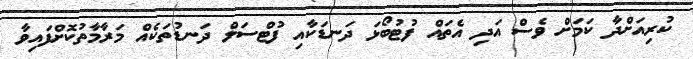
ކުރިއަށްދާ ކަމަށް ވެސް އަދި އެތައް ފުޓުބޯޅަ ދަނޑަކާއި ފުޓްސަލް ދަނޑުތަކެއް މަރާމާތުކޮށްފައިވާ